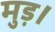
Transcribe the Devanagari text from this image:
मुड़।